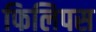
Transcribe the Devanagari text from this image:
फिलिपस